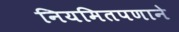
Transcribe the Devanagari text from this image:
नियमितपणाने